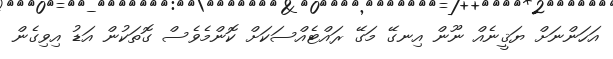
އަހަންނަށް ޔަޤީނެއް ނޫން އިނގޭ މަގޭ ރައްޓެއްސަކަށް ކޮންމެވެސް ގޮތަކުން އަޑު އިވިގެން